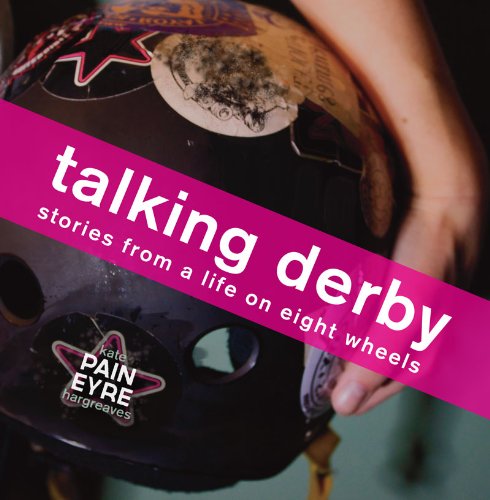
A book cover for Talking Derby: stories from a life on eight wheels; Kate Hargreaves; Sports & Outdoors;